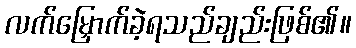
လက်မြှောက်ခဲ့ရသည်ချည်းဖြစ်၏။